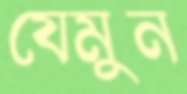
যেমুন